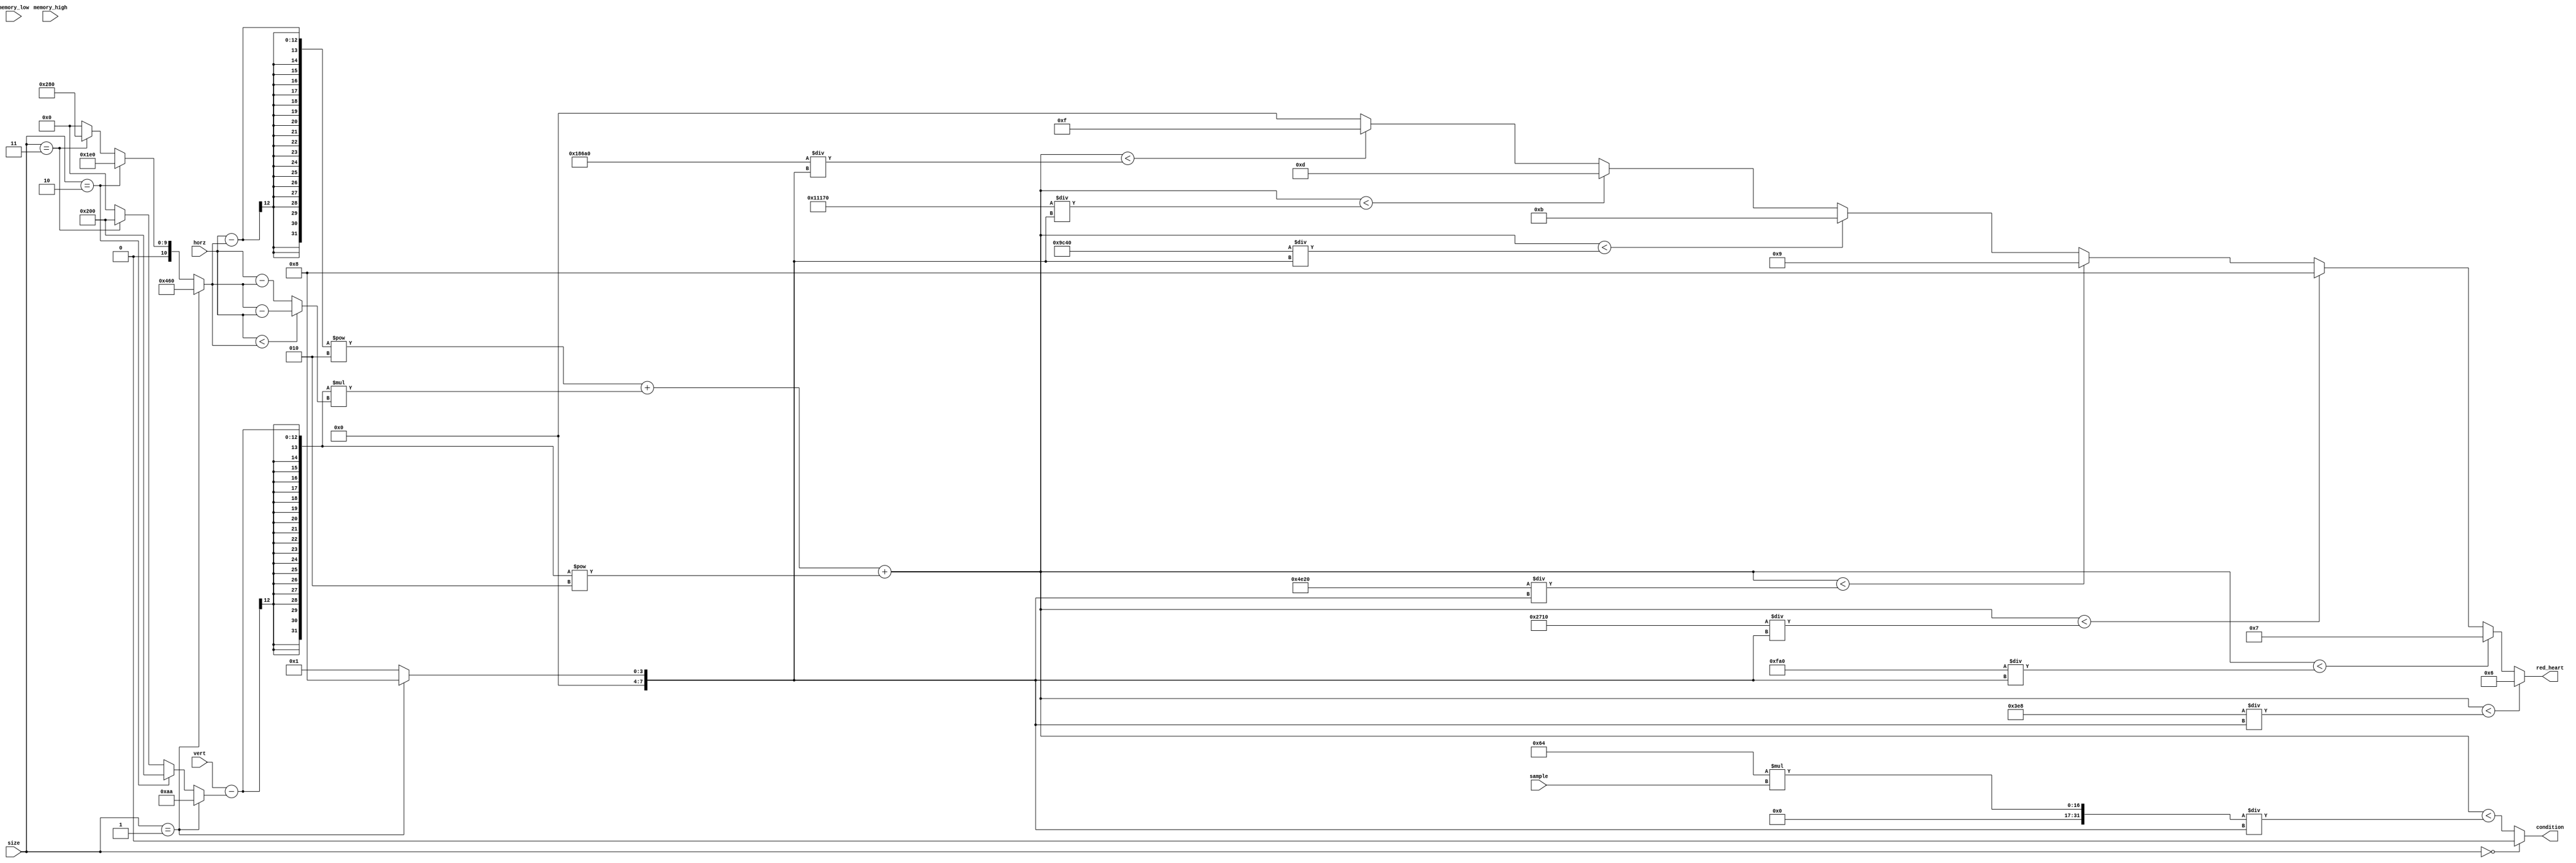
module draw_heart(
    input [11:0] horz,
    input [11:0] vert,
    input [9:0] sample,
    input [1:0] size,
    input [9:0] memory_high,
    input [9:0] memory_low,
    output condition,
    output [3:0] red_heart
    );
    
    wire [11:0] x;
    wire [11:0] y;
    wire [7:0] r;
    assign x = (size == 1) ? 1120 :
                {(size == 2) ? 480 :
                    {(size == 3) ? 640 : 0}};
    assign y = (size == 1) ? 170 : 
                {(size == 2) ? 512 :
                    {(size == 3) ? 512 : 0}};
    assign r = (size == 1) ? 8 : 1;
    
    wire [11:0] abs_horz;
    assign abs_horz = (horz < x) ? (x - horz) : horz - x;
    
    assign condition  = (size == 0) ? 0 : ((horz - x)**2 + (vert - y)*(abs_horz) + (vert - y)**2) < (100*sample / r);
    wire size_1k = ((horz - x)**2 + (vert - y)*(abs_horz) + (vert - y)**2) < (1000 / r);
    wire size_4k = ((horz - x)**2 + (vert - y)*(abs_horz) + (vert - y)**2) < (4000 / r);
    wire size_10k = ((horz - x)**2 + (vert - y)*(abs_horz) + (vert - y)**2) < (10000 / r);
    wire size_20k = ((horz - x)**2 + (vert - y)*(abs_horz) + (vert - y)**2) < (20000 / r);
    wire size_40k = ((horz - x)**2 + (vert - y)*(abs_horz) + (vert - y)**2) < (40000 / r);
    wire size_70k = ((horz - x)**2 + (vert - y)*(abs_horz) + (vert - y)**2) < (70000 / r);
    wire size_100k = ((horz - x)**2 + (vert - y)*(abs_horz) + (vert - y)**2) < (100000 / r);
    assign red_heart = (size_1k) ? 6 : 
                        {(size_4k) ? 7 : 
                            {(size_10k) ? 8 : 
                                {(size_20k) ? 9 : 
                                    {(size_40k) ? 11 : 
                                        {(size_70k) ? 13 :  
                                           {(size_100k) ? 15 : 0}}}}}};   
    
endmodule